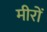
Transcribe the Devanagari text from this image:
मीरों